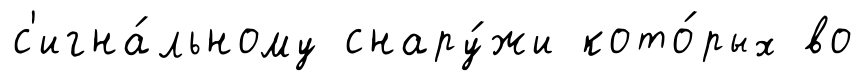
с'игна́льному снару́жи кото́рых во